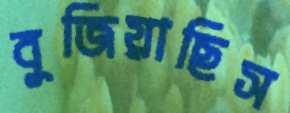
বুজিয়াছিস